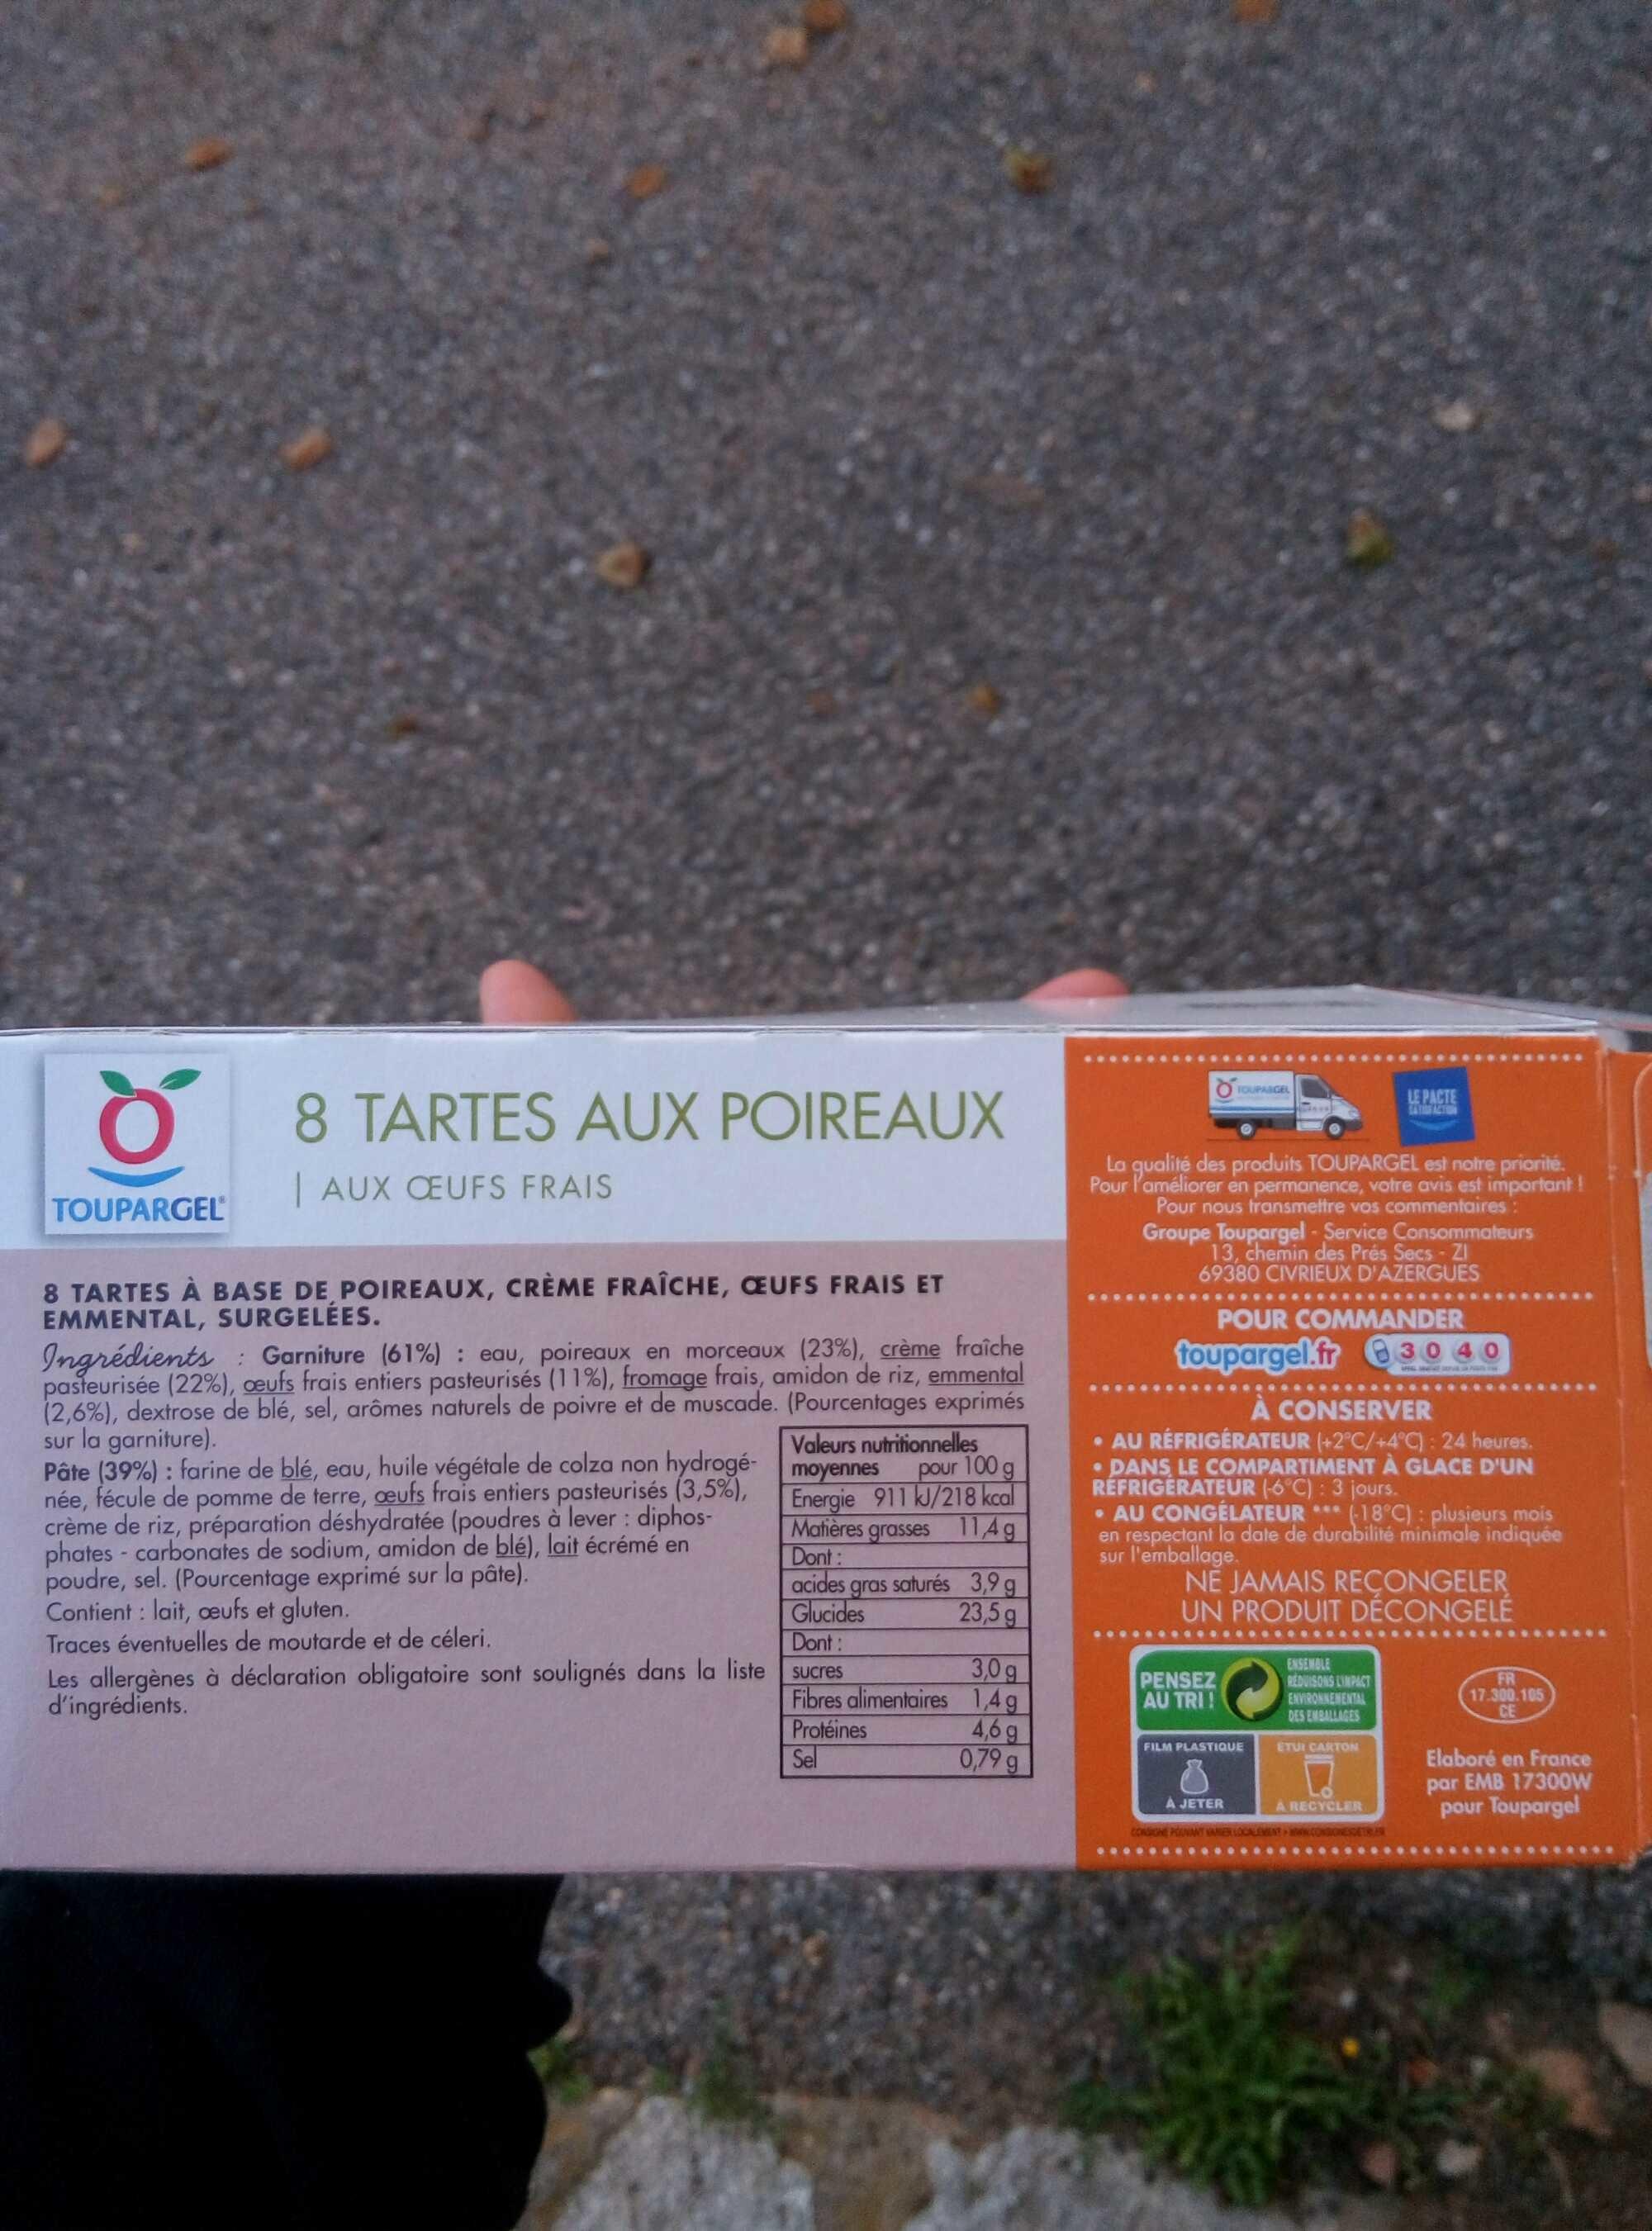
o
TOUPARGEL
8 TARTES AUX POIREAUX
AUX CEUFS FRAIS
8 TARTES À BASE DE POIREAUX, CRÈME FRAÎCHE, CEUFS FRAIS ET EMMENTAL, SURGELÉES.
Ingrédients : Garniture (61%) : eau, poireaux en morceaux (23%), crème fraîche pasteurisée (22%), oeufs frais entiers pasteurisés (11%), fromage frais, amidon de riz, emmental (2,6%), dextrose de blé, sel, arômes naturels de poivre et de muscade. (Pourcentages exprimés sur la garniture). Valeurs nutritionnelles moyennes pour 100 g Energie 911 kJ/218 kcal Matières grasses 11,4g
Pâte (39%): farine de blé, eau, huile végétale de colza non hydrogénée, fécule de pomme de terre, oeufs frais entiers pasteurisés (3,5%), crème de riz, préparation déshydratée (poudres à lever: diphosphates - carbonates de sodium, amidon de blé), lait écrémé en poudre, sel. (Pourcentage exprimé sur la pâte).
Dont : acides s gras saturés 3,9 g Glucides
Contient: lait, ceufs et gluten.
23,5g
Traces éventuelles de moutarde et de céleri.
Dont:
Les allergènes à déclaration obligatoire sont soulignés dans la liste d'ingrédients.
sucres
Fibres alimentaires Protéines Sel
3,0g
1,4 g
4,6 g 0,79 g
TOUPARGEL
La qualité des produits TOUPARGEL est notre priorité. Pour l'améliorer en permanence, votre avis est important! Pour nous transmettre vos commentaires :
Groupe Toupargel-Service Consommateurs 13, chemin des Prés Secs - ZI 69380 CIVRIEUX D'AZERGUES
POUR COMMANDER
toupargel.fr 30
A CONSERVER
• AU RÉFRIGÉRATEUR (+2°C/+4°C): 24 heures. DANS LE COMPARTIMENT À GLACE D'UN REFRIGERATEUR (-6°C): 3 jours.
• AU CONGÉLATEUR *** (-18°C): plusieurs mois en respectant la date de durabilité minimale indiquée sur l'emballage.
PENSEZ AU TRI!
LE PACTE
CATION ACTION
NE JAMAIS REÇONGELER UN PRODUIT DECONGELÉ
FILM PLASTIQUE
A JETER
ENSEMBLE REDUISONS LIMPACT ENVIRONNEMENTAL DES EMBALLAGES
ETUI CARTON
A RECYCLER
FR 17.300.105 CE
Elaboré en France par EMB 17300W
pour Toupargel